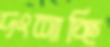
দংশাচ্ছি